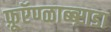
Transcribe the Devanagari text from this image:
फ़ूऍण्ळाब्ब्ऱाडा